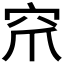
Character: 𮃹